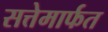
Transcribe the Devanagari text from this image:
सत्तेमार्फत